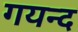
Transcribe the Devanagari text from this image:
गयन्द